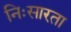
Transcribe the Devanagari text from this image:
निःसारता